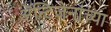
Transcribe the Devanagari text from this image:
अॅन्टिजेनांच्या